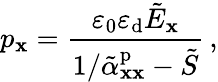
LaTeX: p_{\mathbf{x}}=\frac{{\varepsilon_{0}\varepsilon_{\mathrm{{d}}}\tilde{{E}}_{\mathbf{x}}}}{{1/\tilde{{\alpha}}_{\mathbf{x}\mathbf{x}}^{\mathrm{{p}}}-\tilde{{S}}}}\, ,